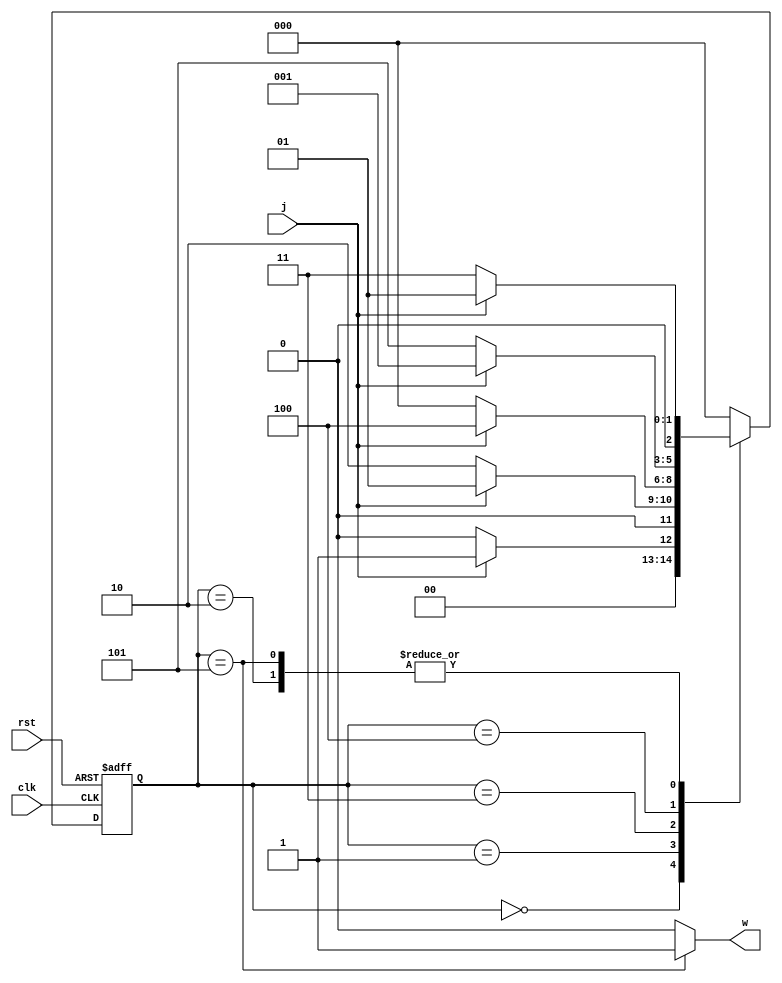
`timescale 1ns/1ns
module moore10010_pre(input clk,rst,j, output w);
	reg [2:0] ns,ps;
	parameter [2:0] A = 3'b0,B = 3'b001,C = 3'b010,D = 3'b011,E = 3'b100,F = 3'b101;
	//Combinational
	always @(ps,j) begin
		ns = A;
		case(ps)
			A : ns = j ? B : A;
			B : ns = j ? B : C;
			C : ns = j ? B : D;
			D : ns = j ? E : A;
			E : ns = j ? B : F;
			F : ns = j ? B : D;
			default: ns = A;
		endcase
	end

	assign w = (ps == F) ? 1'b1 : 1'b0;

	//Sequential
	always @(posedge clk,posedge rst) begin
		if(rst)
			ps <= A;
		else
			ps <= ns;
	end
endmodule